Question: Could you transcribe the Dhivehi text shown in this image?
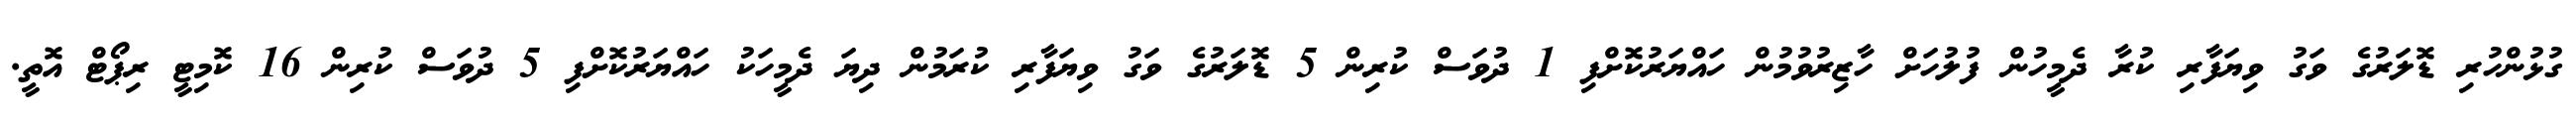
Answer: ގުޅުންހުރި ޑޮލަރުގެ ވަގު ވިޔަފާރި ކުރާ ދެމީހުން ފުލުހަށް ހާޒިރުވުމުން ހައްޔަރުކޮށްފި 1 ދުވަސް ކުރިން 5 ޑޮލަރުގެ ވަގު ވިޔަފާރި ކުރަމުން ދިޔަ ދެމީހަކު ހައްޔަރުކޮށްފި 5 ދުވަސް ކުރިން 16 ކޮމިޓީ ރިޕޯޓް އޮތީ.